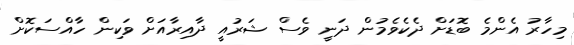
މިހާރު އެންމެ ބޮޑަށް ދެކެވެމުން ދަނީ ވެސް ޝަރުއީ ދާއިރާއަށް ވަކިން ހާއްސަކޮށް